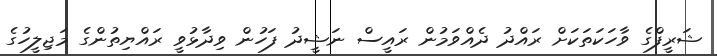
ޝަރީފްގެ ވާހަކަތަކަށް ރައްދު ދެއްްވަމުން ރައީސް ނަޝީދު ފަހުން ވިދާޅުވީ ރައްޔިތުންގެ މަޖިލީހުގެ